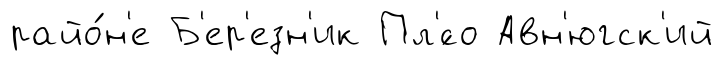
райо́н'е Б'ер'езн'ик Пл'́со Авн'югск'ий